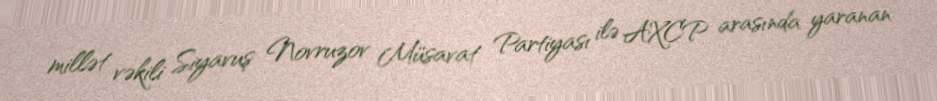
millət vəkili Siyavuş Novruzov Müsavat Partiyası ilə AXCP arasında yaranan